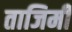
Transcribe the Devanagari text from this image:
ताजिमी